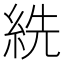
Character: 𦀈